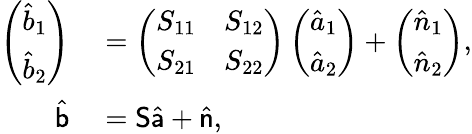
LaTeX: \begin{array}{rl}{\left(\begin{array}{c}{\hat{b}_{1}}\\ {\hat{b}_{2}}\end{array}\right)}&{{}=\left(\begin{array}{cc}{S_{11}}&{S_{12}}\\ {S_{21}}&{S_{22}}\end{array}\right)\left(\begin{array}{c}{\hat{a}_{1}}\\ {\hat{a}_{2}}\end{array}\right)+\left(\begin{array}{c}{\hat{n}_{1}}\\ {\hat{n}_{2}}\end{array}\right),}\\ {\hat{\mathsf b}}&{{}={\mathsf S}\hat{\mathsf a}+\hat{\mathsf n},}\end{array}